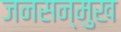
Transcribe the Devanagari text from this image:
जनसन्मुख